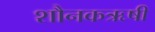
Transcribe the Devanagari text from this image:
शौनकऋषी